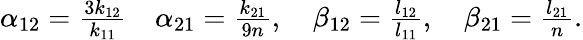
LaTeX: \begin{array}{r}{\alpha_{12}=\frac{3k_{12}}{k_{11}}\quad\alpha_{21}=\frac{k_{21}}{9n},\quad\beta_{12}=\frac{l_{12}}{l_{11}},\quad\beta_{21}=\frac{l_{21}}{n}.}\end{array}